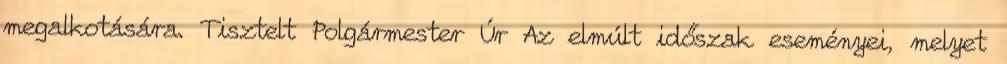
megalkotására. Tisztelt Polgármester Úr Az elmúlt időszak eseményei, melyet